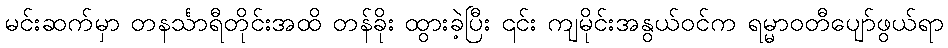
မင်းဆက်မှာ တနင်္သာရီတိုင်းအထိ တန်ခိုး ထွားခဲ့ပြီး ၎င်း ကျမိုင်းအနွယ်ဝင်က ရမ္မာဝတီပျော်ဖွယ်ရာ